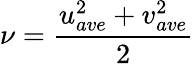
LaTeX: \nu=\frac{u_{ave}^{2}+v_{ave}^{2}}{2}